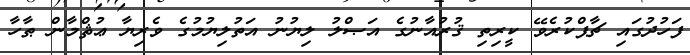
ފަހުދުގައި ޗާޕްކުރެވޭ ކީރިތި ޤުރުއާނުގެ އަޞްލު ލިޔުނު އަތުލިޔުމުގެ ވެރިޔާ ޢުޘްމާން ޠާހާ